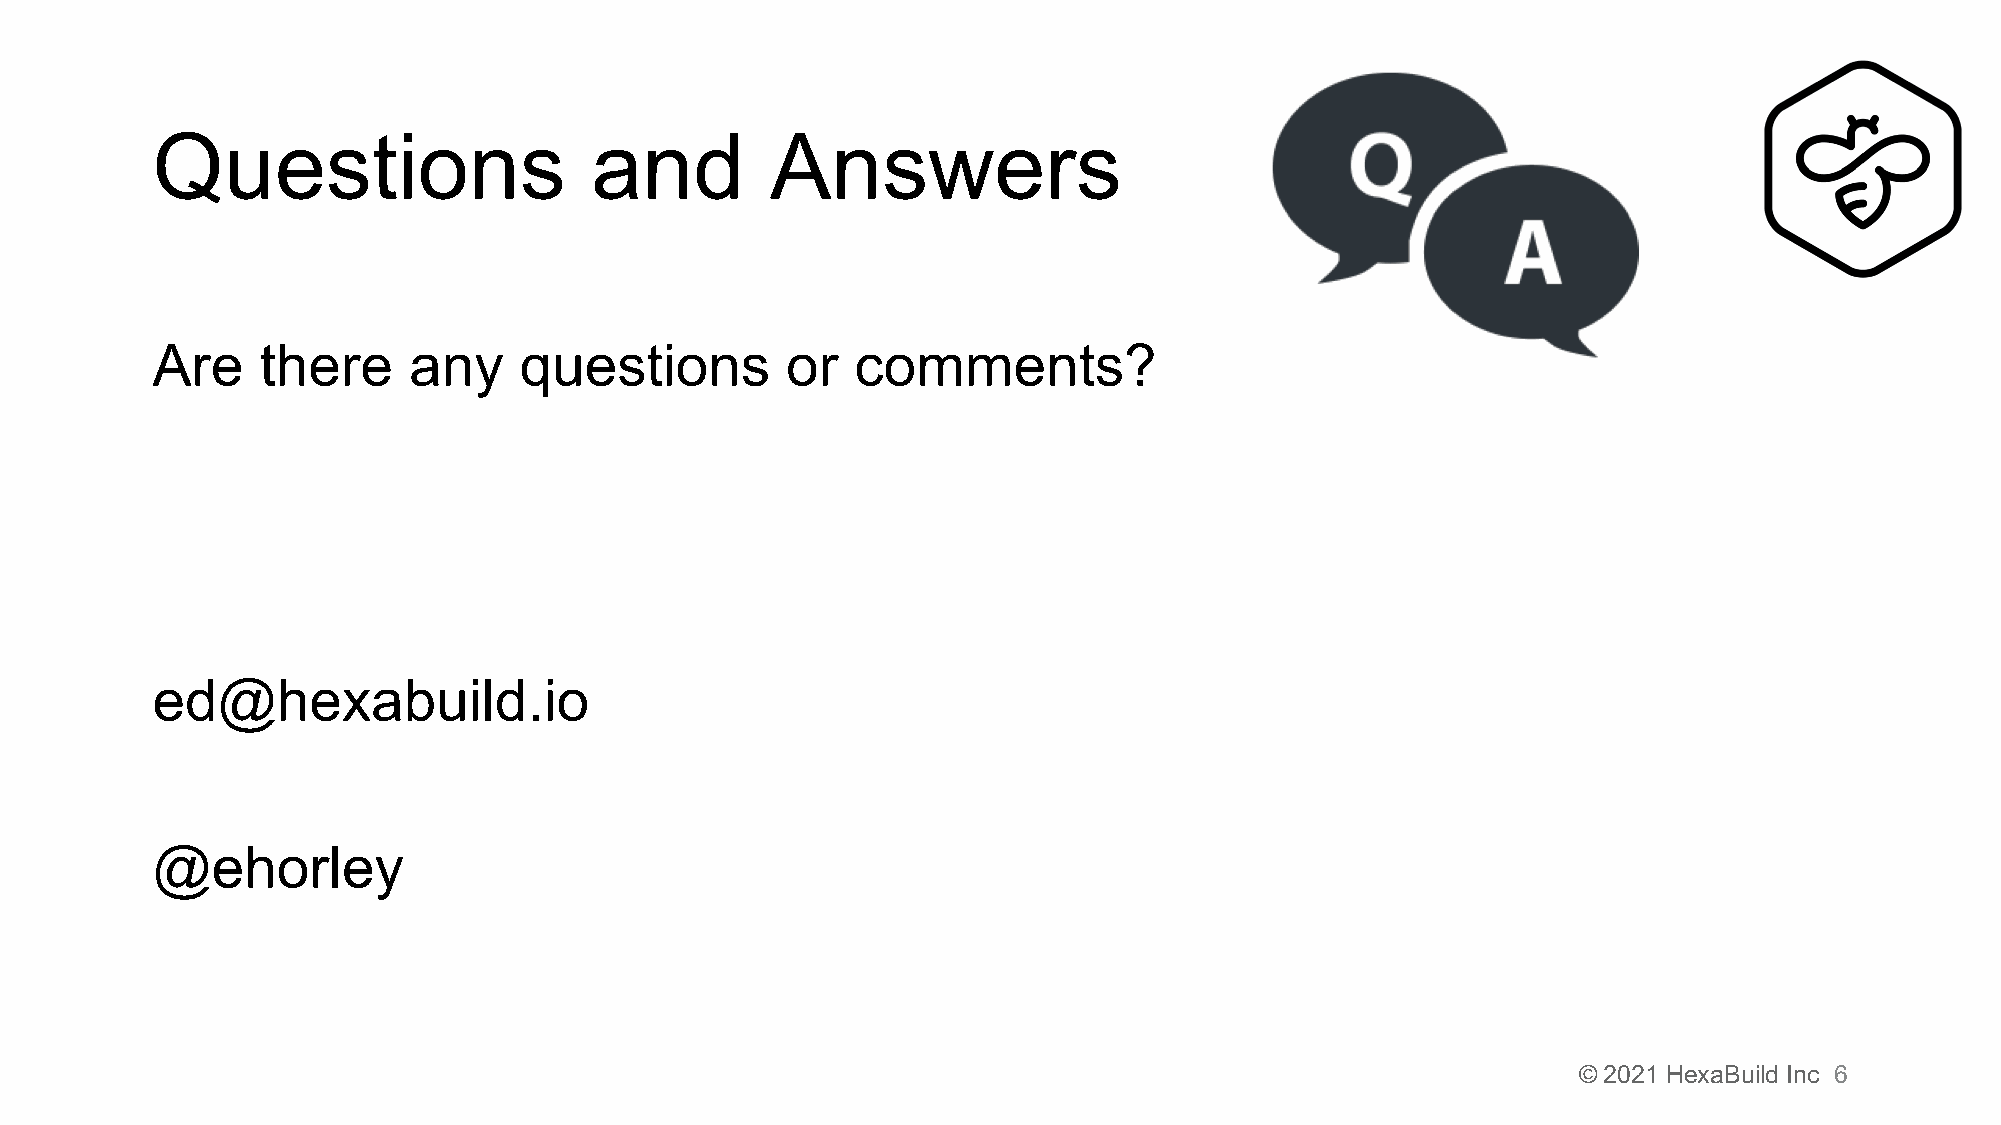
Questions                    and         Answers
 Are    there     any    questions         or   comments?
 ed@hexabuild.io
 @ehorley
 © 2021 HexaBuild Inc 6